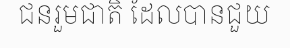
ជនរួមជាតិ ដែលបានជួយ